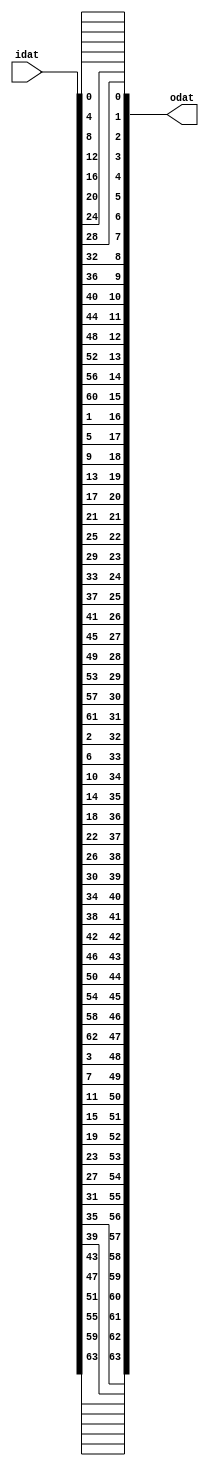
//======================================================================
//
// Design Name:    PRESENT Block Cipher
// Module Name:    PRESENT_ENCRYPT_PBOX
//
// Description: Permutation Layer (p-Layer or p-box) of PRESENT Encryption
//
// Dependencies: none
//
// Language: Verilog 2001
// URL: https://github.com/saiedhk
//
// Copyright Notice: Free use of this library is permitted under the
// guidelines and in accordance with the MIT License (MIT).
// http://opensource.org/licenses/MIT
//
//======================================================================


`timescale 1ns/1ps

module PRESENT_ENCRYPT_PBOX(
   output [63:0] odat,
   input  [63:0] idat
);

assign odat[0 ] = idat[0 ];
assign odat[16] = idat[1 ];
assign odat[32] = idat[2 ];
assign odat[48] = idat[3 ];
assign odat[1 ] = idat[4 ];
assign odat[17] = idat[5 ];
assign odat[33] = idat[6 ];
assign odat[49] = idat[7 ];
assign odat[2 ] = idat[8 ];
assign odat[18] = idat[9 ];
assign odat[34] = idat[10];
assign odat[50] = idat[11];
assign odat[3 ] = idat[12];
assign odat[19] = idat[13];
assign odat[35] = idat[14];
assign odat[51] = idat[15];

assign odat[4 ] = idat[16];
assign odat[20] = idat[17];
assign odat[36] = idat[18];
assign odat[52] = idat[19];
assign odat[5 ] = idat[20];
assign odat[21] = idat[21];
assign odat[37] = idat[22];
assign odat[53] = idat[23];
assign odat[6 ] = idat[24];
assign odat[22] = idat[25];
assign odat[38] = idat[26];
assign odat[54] = idat[27];
assign odat[7 ] = idat[28];
assign odat[23] = idat[29];
assign odat[39] = idat[30];
assign odat[55] = idat[31];

assign odat[8 ] = idat[32];
assign odat[24] = idat[33];
assign odat[40] = idat[34];
assign odat[56] = idat[35];
assign odat[9 ] = idat[36];
assign odat[25] = idat[37];
assign odat[41] = idat[38];
assign odat[57] = idat[39];
assign odat[10] = idat[40];
assign odat[26] = idat[41];
assign odat[42] = idat[42];
assign odat[58] = idat[43];
assign odat[11] = idat[44];
assign odat[27] = idat[45];
assign odat[43] = idat[46];
assign odat[59] = idat[47];

assign odat[12] = idat[48];
assign odat[28] = idat[49];
assign odat[44] = idat[50];
assign odat[60] = idat[51];
assign odat[13] = idat[52];
assign odat[29] = idat[53];
assign odat[45] = idat[54];
assign odat[61] = idat[55];
assign odat[14] = idat[56];
assign odat[30] = idat[57];
assign odat[46] = idat[58];
assign odat[62] = idat[59];
assign odat[15] = idat[60];
assign odat[31] = idat[61];
assign odat[47] = idat[62];
assign odat[63] = idat[63];

endmodule